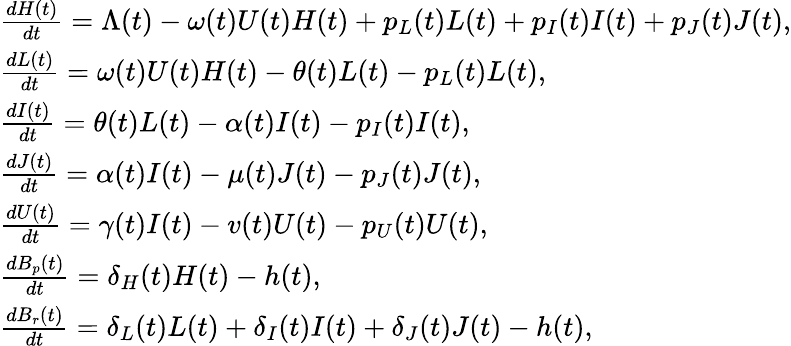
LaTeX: \begin{array}{l}{\frac{dH(t)}{dt}=\Lambda(t)-\omega(t)U(t)H(t)+p_{L}(t)L(t)+p_{I}(t)I(t)+p_{J}(t)J(t),}\\ {\frac{dL(t)}{dt}=\omega(t)U(t)H(t)-\theta(t)L(t)-p_{L}(t)L(t),}\\ {\frac{dI(t)}{dt}=\theta(t)L(t)-\alpha(t)I(t)-p_{I}(t)I(t),}\\ {\frac{dJ(t)}{dt}=\alpha(t)I(t)-\mu(t)J(t)-p_{J}(t)J(t),}\\ {\frac{dU(t)}{dt}=\gamma(t)I(t)-v(t)U(t)-p_{U}(t)U(t),}\\ {\frac{dB_{p}(t)}{dt}=\delta_{H}(t)H(t)-h(t),}\\ {\frac{dB_{r}(t)}{dt}=\delta_{L}(t)L(t)+\delta_{I}(t)I(t)+\delta_{J}(t)J(t)-h(t),}\end{array}